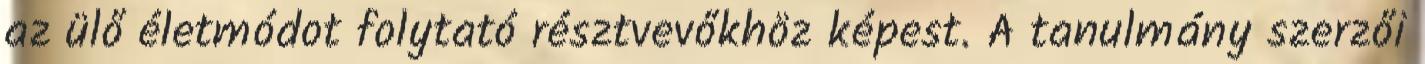
az ülő életmódot folytató résztvevőkhöz képest. A tanulmány szerzői